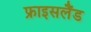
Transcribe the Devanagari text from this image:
फ्राइसलैंड